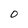
Character: O